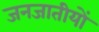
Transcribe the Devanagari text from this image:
जनजातीयों